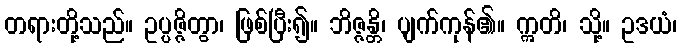
တရားတို့သည်။ ဥပ္ပဇ္ဇိတွာ၊ ဖြစ်ပြီး၍။ ဘိဇ္ဇန္တိ၊ ပျက်ကုန်၏။ ဣတိ၊ သို့။ ဥဒယံ၊